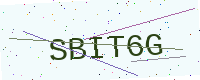
Text: SBIT6G